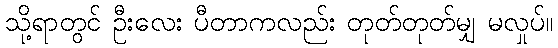
သို့ရာတွင် ဦးလေး ပီတာကလည်း တုတ်တုတ်မျှ မလှုပ်။